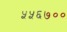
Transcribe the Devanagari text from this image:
५५६७००